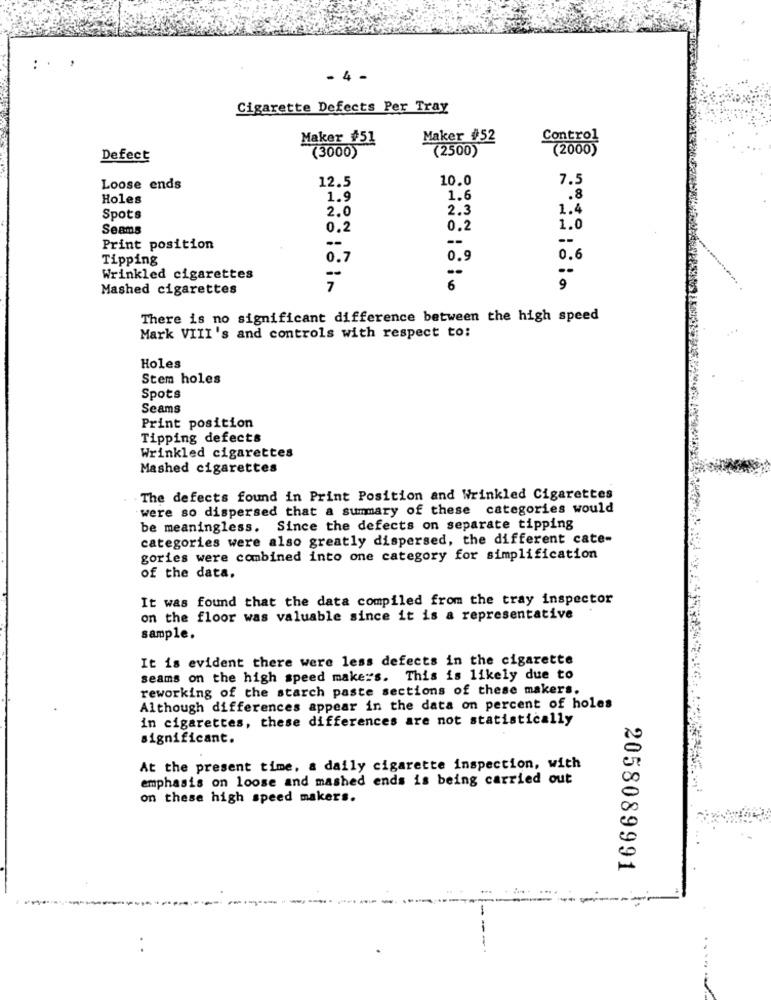
: .
- 4 -
Cigarette Defects Per Tray
Maker #51
Maker #52
ntrol
(2500)
(2000)
Defect
(3000)
12.5
10.0
7.5
Loose ends
Holes
1.9
1.6
.8
2.0
2.3
1.4
Spots
Seams
0.2
0.2
1.0
--
--
Print position
--
Tipping
0.7
0.9
0.6
Wrinkled cigarettes
-
--
--
Mashed cigarettes
7
6
9
There is no significant difference between the high speed
Mark VIII's and controls with respect to:
Holes
Stem holes
Spots
Seams
Print position
Tipping defects
Wrinkled cigarettes
Mashed cigarettes
The defects found in Print Position and Wrinkled Cigarettes
were so dispersed that a summary of these categories would
be meaningless. Since the defects on separate tipping
categories were also greatly dispersed, the different cate-
gories were combined into one category for simplification
of the data.
It was found that the data compiled from the tray inspector
on the floor was valuable since it is a representative
sample.
It is evident there were less defects in the cigarette
seams on the high speed makers. This is likely due to
reworking of the starch paste sections of these makers.
Although differences appear in the data on percent of holes
in cigarettes, these differences are not statistically
significant.
At the present time, a daily cigarette inspection, with
emphasis on loose and mashed ends is being carried out
on these high speed makers.
2058089991
-